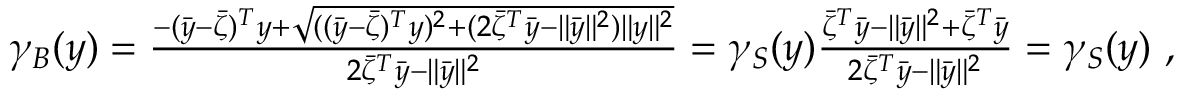
\begin{array} { r } { \gamma _ { B } ( y ) = \frac { - ( \bar { y } - \bar { \zeta } ) ^ { T } y + \sqrt { ( ( \bar { y } - \bar { \zeta } ) ^ { T } y ) ^ { 2 } + ( 2 \bar { \zeta } ^ { T } \bar { y } - \| \bar { y } \| ^ { 2 } ) \| y \| ^ { 2 } } } { 2 \bar { \zeta } ^ { T } \bar { y } - \| \bar { y } \| ^ { 2 } } = \gamma _ { S } ( y ) \frac { \bar { \zeta } ^ { T } \bar { y } - \| \bar { y } \| ^ { 2 } + \bar { \zeta } ^ { T } \bar { y } } { 2 \bar { \zeta } ^ { T } \bar { y } - \| \bar { y } \| ^ { 2 } } = \gamma _ { S } ( y ) \ , } \end{array}